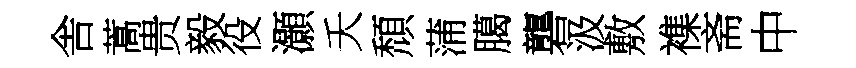
舎蒿贵毅役灝夭頹蒲臈礱汲敷襍斋中